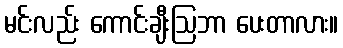
မင်းလည်း ကောင်းချီးဩဘာ ပေးတာလား။